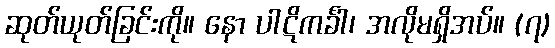
ဆုတ်ယုတ်ခြင်းကို။ နော ပါဋိကင်္ခါ၊ အလိုမရှိအပ်။ (၇)